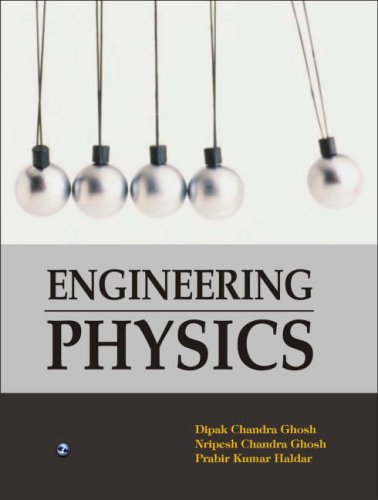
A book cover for Engineering Physics; Dipak Chandra Ghosh; Science & Math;